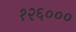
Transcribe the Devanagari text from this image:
१२६०००